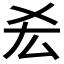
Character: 𠫤